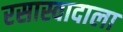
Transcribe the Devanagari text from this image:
रसास्वादाला